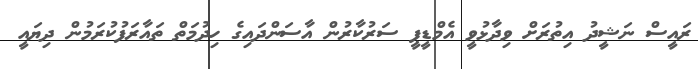
ރައީސް ނަޝީދު އިތުރަށް ވިދާޅުވީ އެމްޑީޕީ ސަރުކާރުން އާސަންދައިގެ ހިދުމަތް ތައާރަފުކުރަމުން ދިޔައީ